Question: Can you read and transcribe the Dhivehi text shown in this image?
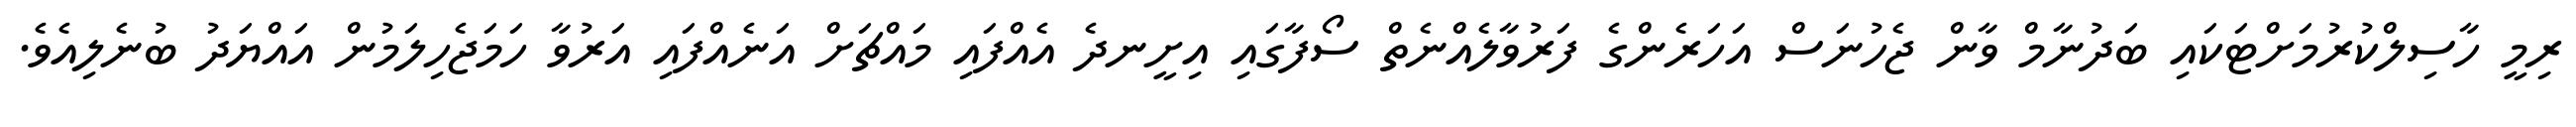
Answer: ރިމީ ހާސިލްކުރުމަށްޓަކައި ބަދުނާމް ވާން ޖެހުނަސް އަހަރެންގެ ފަރުވާލެއްނެތް ސޯފާގައި އިށީނދެ އެއްފައި މައްޗަށް އަނެއްފައި އަރުވާ ހަމަޖެހިލަމުން އައްޔަދު ބުނެލިއެވެ.